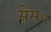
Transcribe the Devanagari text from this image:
सेंस०